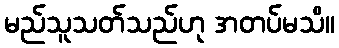
မည်သူသတ်သည်ဟု အတပ်မသိ။